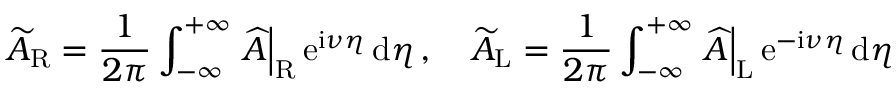
\widetilde { A } _ { \mathrm { R } } = \frac { 1 } { 2 \pi } \int _ { - \infty } ^ { + \infty } \left. \widehat { A } \right| _ { \mathrm { R } } \mathrm { e } ^ { \mathrm { i } \nu \eta } \, \mathrm { d } \eta \, , \quad \widetilde { A } _ { \mathrm { L } } = \frac { 1 } { 2 \pi } \int _ { - \infty } ^ { + \infty } \left. \widehat { A } \right| _ { \mathrm { L } } \mathrm { e } ^ { - \mathrm { i } \nu \eta } \, \mathrm { d } \eta